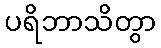
ပရိဘာသိတွာ